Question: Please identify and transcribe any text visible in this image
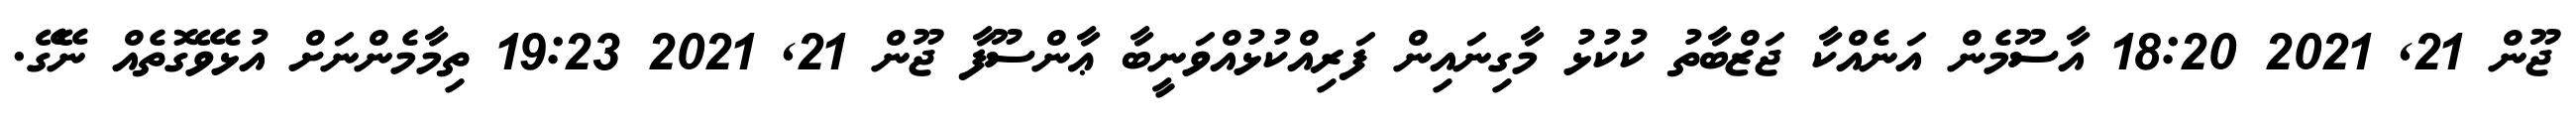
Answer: ޖޫން 21, 2021 18:20 އާސޫމެން އަނެއްކާ ޖަޒްބާތު ކުކުޅު މާގިނައިން ފަރިއްކުޅުއްވަނީބާ ޢާންސޫފާ ޖޫން 21, 2021 19:23 ތިމާމެންނަށް އުޅެވޭގޮތެއް ނޭގޭ.